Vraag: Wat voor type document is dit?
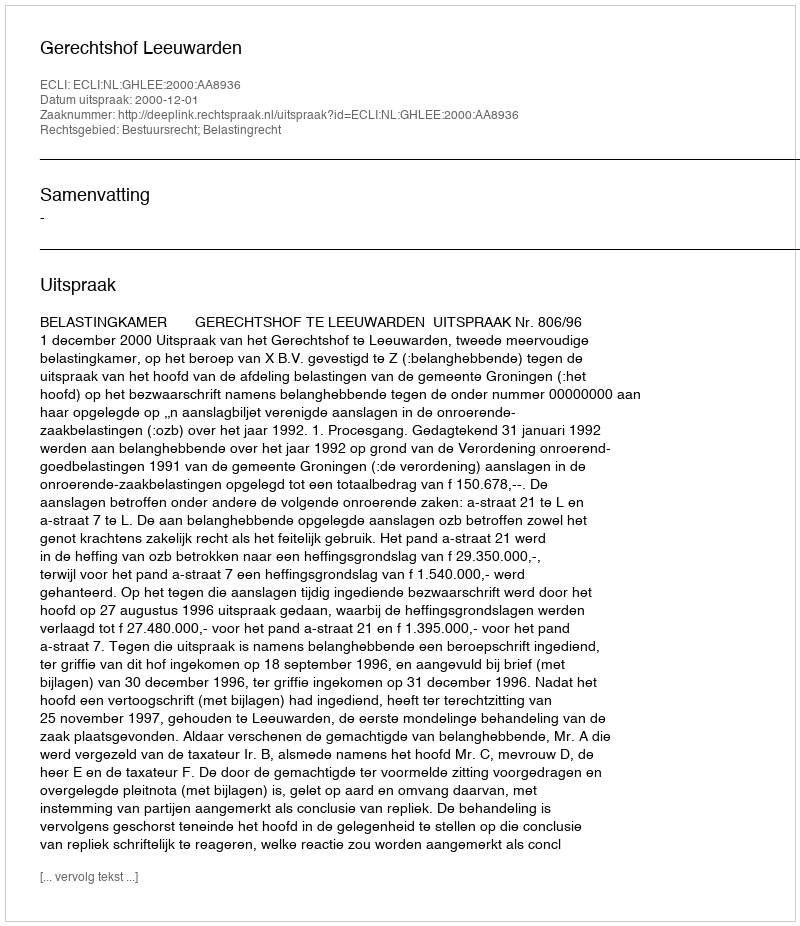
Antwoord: Uitspraak